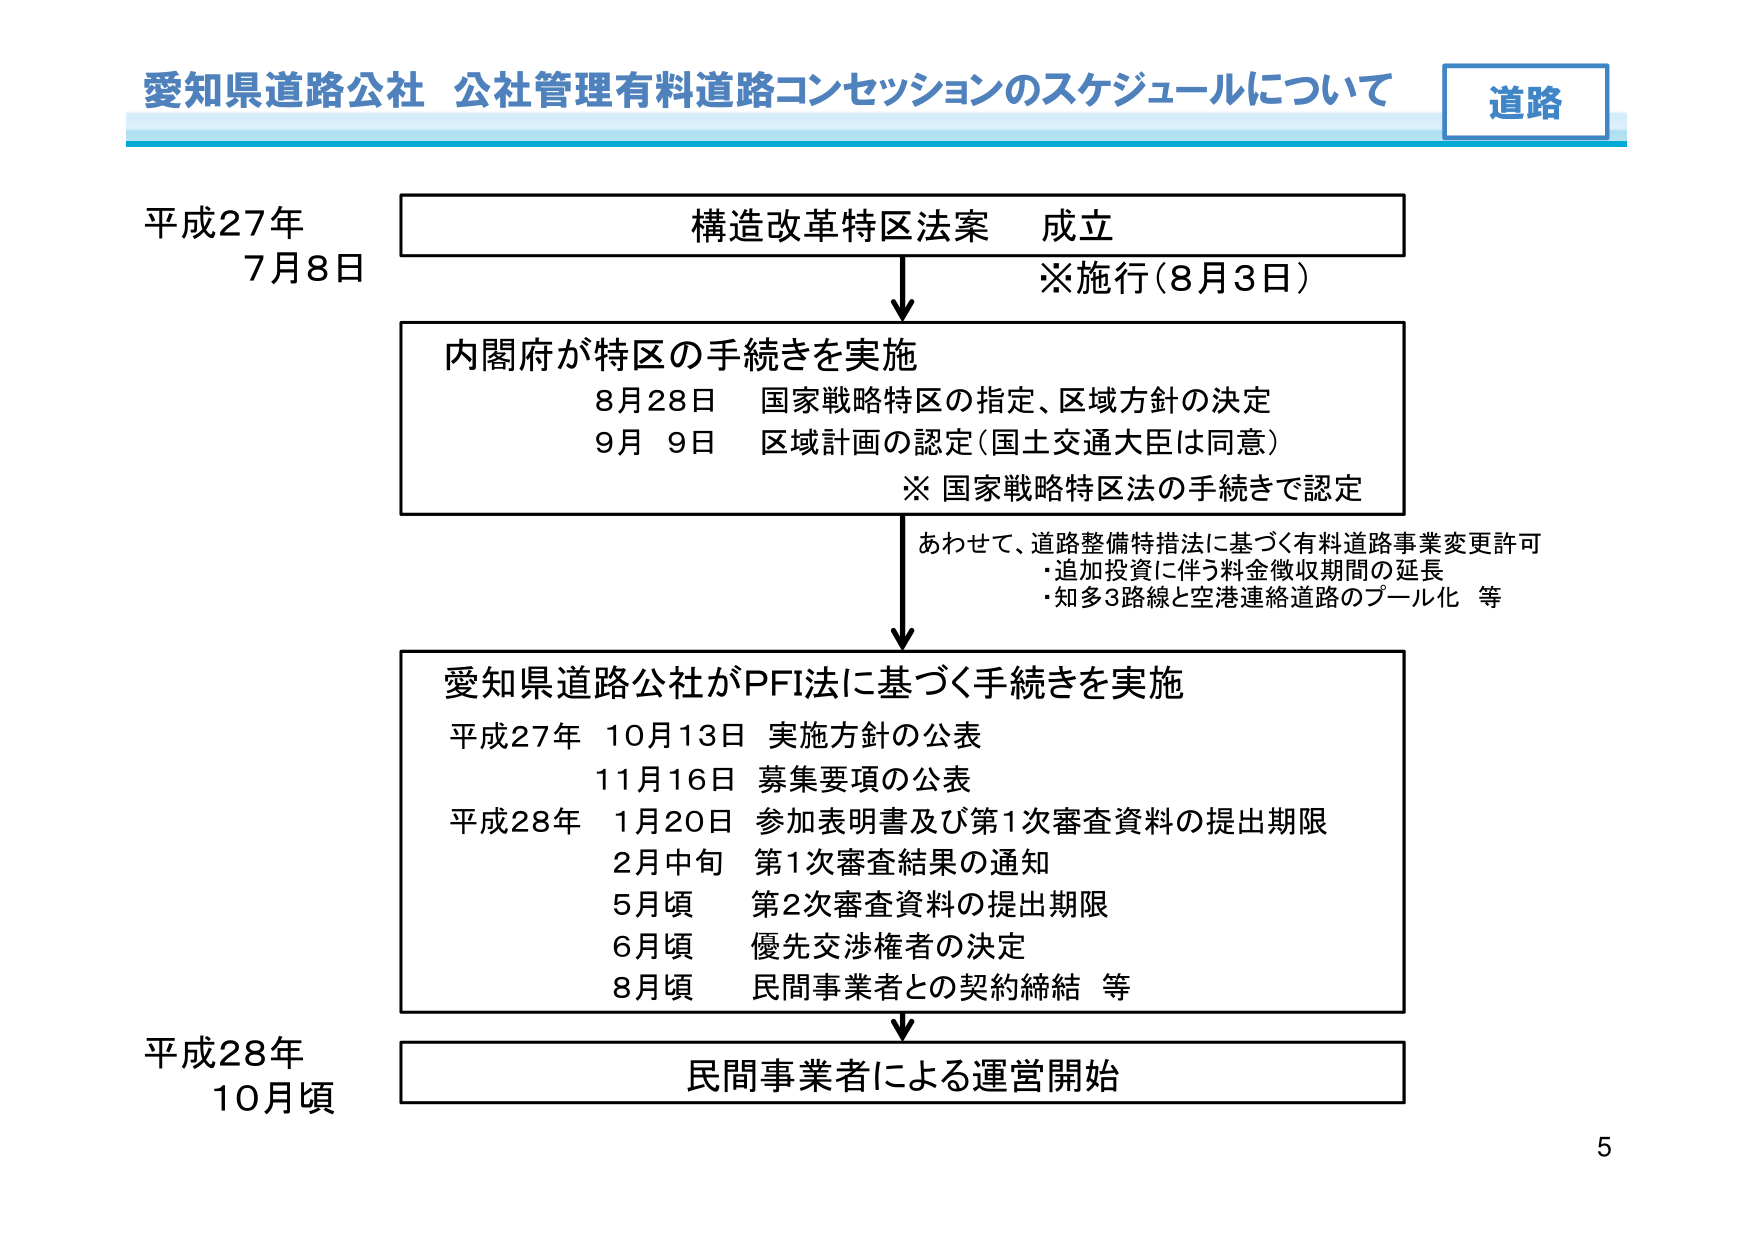
愛知県道路公社 公社管理有料道路コンセッションのスケジュールについて 道路

平成27年
7月8日

構造改革特区法案 成立
※施行（8月3日）

内閣府が特区の手続きを実施
8月28日 国家戦略特区の指定、区域方針の決定
9月 9日 区域計画の認定（国土交通大臣は同意）
※ 国家戦略特区法の手続きで認定

あわせて、道路整備特措法に基づく有料道路事業変更許可
・追加投資に伴う料金徴収期間の延長
・知多3路線と空港連絡道路のプール化 等

愛知県道路公社がPFI法に基づく手続きを実施
平成27年 10月13日 実施方針の公表
11月16日 募集要項の公表
平成28年 1月20日 参加表明書及び第1次審査資料の提出期限
2月中旬 第1次審査結果の通知
5月頃 第2次審査資料の提出期限
6月頃 優先交渉権者の決定
8月頃 民間事業者との契約締結 等

平成28年
10月頃

民間事業者による運営開始

5